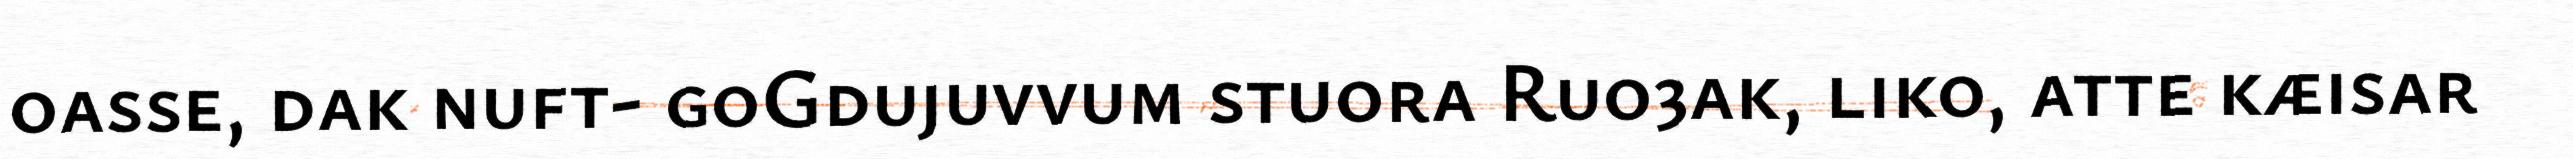
oasse, dak nuft- goGdujuvvum stuora Ruo3ak, liko, atte kæisar